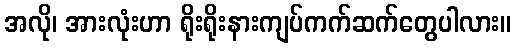
အလို၊ အားလုံးဟာ ရိုးရိုးနားကျပ်ကက်ဆက်တွေပါလား။